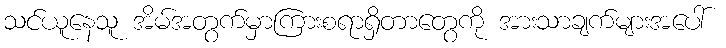
သင်ယူနေသူ အိမ်အတွက်မှာကြားစရာရှိတာတွေကို အားသာချက်များအပေါ်